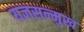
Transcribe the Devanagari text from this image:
यज्ञसन्मुख